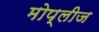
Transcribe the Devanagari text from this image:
मोप्लीज